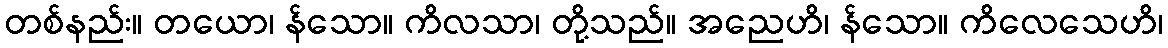
တစ်နည်း။ တယော၊ န်သော။ ကိလသာ၊ တို့သည်။ အညေဟိ၊ န်သော။ ကိလေသေဟိ၊